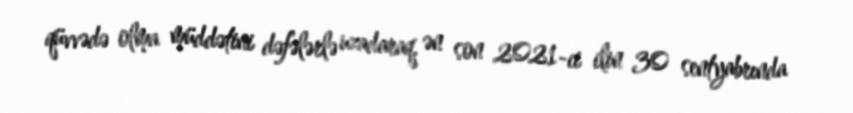
qüvvədə olma müddətini dəfələrlə uzadaraq, ən son 2021-ci ilin 30 sentyabrında